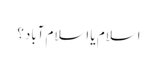
اسلام یا اسلام آباد؟